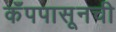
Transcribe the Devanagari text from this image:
कँपपासूनची